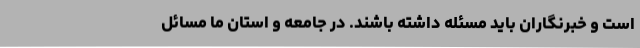
است و خبرنگاران باید مسئله داشته باشند. در جامعه و استان ما مسائل